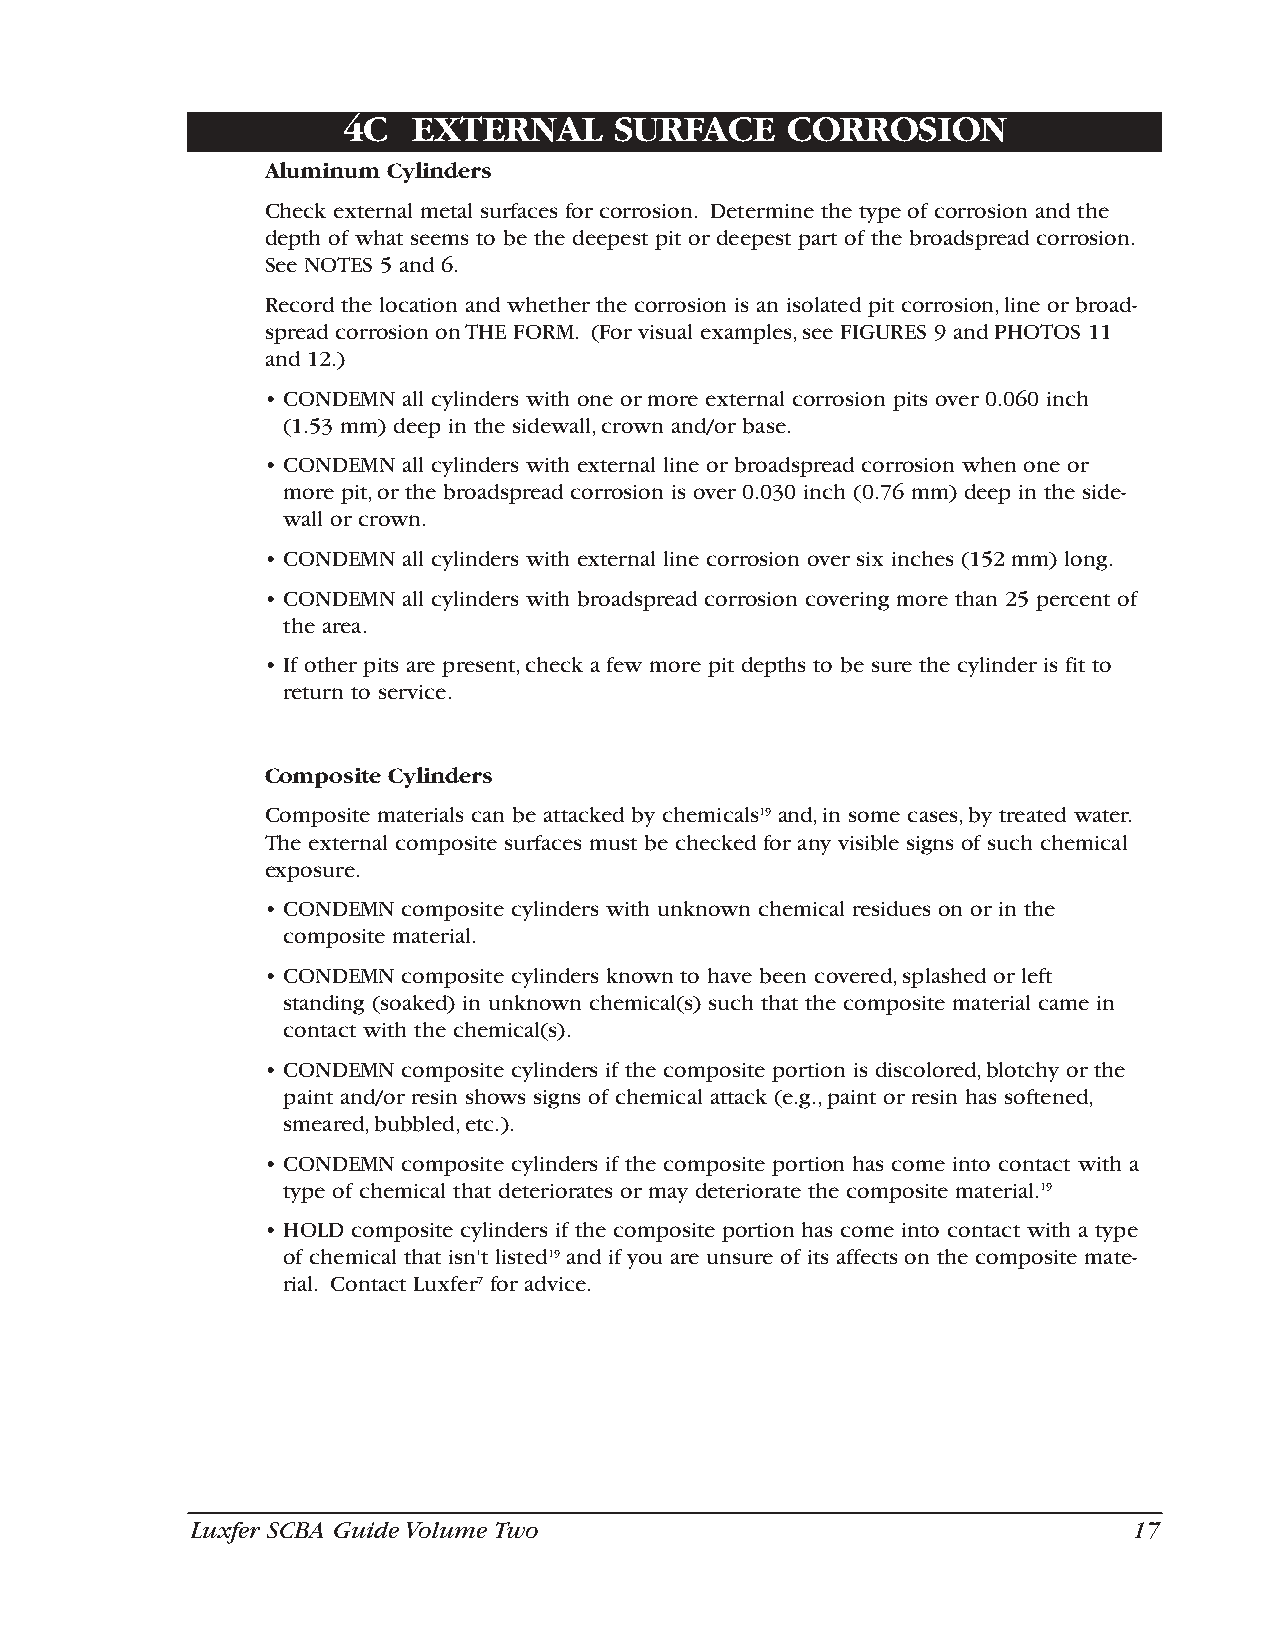
4C  EXTERNAL      SURFACE    CORROSION
 Aluminum Cylinders
 Check external metal surfaces for corrosion. Determine the type of corrosion and the
 depth of what seems to be the deepest pit or deepest part of the broadspread corrosion.
 See NOTES 5 and 6.
 Record the location and whether the corrosion is an isolated pit corrosion,line or broad-
 spread corrosion on THE FORM. (For visual examples,see FIGURES 9 and PHOTOS 11
 and 12.)
 • CONDEMN all cylinders with one or more external corrosion pits over 0.060 inch
 (1.53 mm) deep in the sidewall,crown and/or base.
 • CONDEMN all cylinders with external line or broadspread corrosion when one or
 more pit,or the broadspread corrosion is over 0.030 inch (0.76 mm) deep in the side-
 wall or crown.
 • CONDEMN all cylinders with external line corrosion over six inches (152 mm) long.
 • CONDEMN all cylinders with broadspread corrosion covering more than 25 percent of
 the area.
 • If other pits are present,check a few more pit depths to be sure the cylinder is fit to
 return to service.
 Composite Cylinders
 Composite materials can be attacked by chemicals19 and,in some cases,by treated water.
 The external composite surfaces must be checked for any visible signs of such chemical
 exposure.
 • CONDEMN composite cylinders with unknown chemical residues on or in the
 composite material.
 • CONDEMN composite cylinders known to have been covered,splashed or left
 standing (soaked) in unknown chemical(s) such that the composite material came in
 contact with the chemical(s).
 • CONDEMN composite cylinders if the composite portion is discolored,blotchy or the
 paint and/or resin shows signs of chemical attack (e.g.,paint or resin has softened,
 smeared,bubbled,etc.).
 • CONDEMN composite cylinders if the composite portion has come into contact with a
 type of chemical that deteriorates or may deteriorate the composite material.19
 • HOLD composite cylinders if the composite portion has come into contact with a type
 of chemical that isn't listed19 and if you are unsure of its affects on the composite mate-
 rial. Contact Luxfer7 for advice.
 Luxfer SCBA Guide Volume Two                                  17